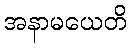
အနာမယေတိ